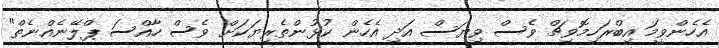
އެހެންވީމަ އިބްރަހިމޮވިޗް ވެސް ވިޔަސް އަދި އެހެން ކުޅުންތެރިޔަކަށް ވެސް ހާއްސަ ޕްލޭނެއްނެތް"